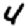
Digit: 4